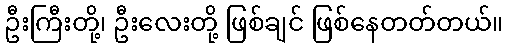
ဦးကြီးတို့၊ ဦးလေးတို့ ဖြစ်ချင် ဖြစ်နေတတ်တယ်။